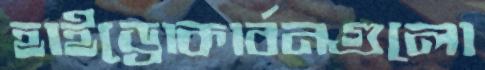
হাইড্রোকার্বনগুলো